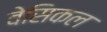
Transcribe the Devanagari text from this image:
वेसिकल